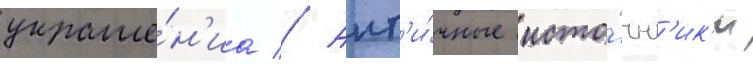
украше́н'иа // Ант'и́чные исто́чн'ик'и